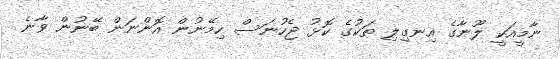
ނާމީއަކީ ލޫނާގެ އިނގިލި ތަކުގެ ކޮޅު ޖެހުނަސް ހިމޭނުން އޮންނަން ބޭނުން ވާނެ